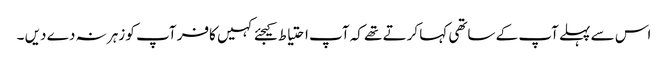
اس سے پہلے آپ کے ساتھی کہا کرتے تھے کہ آپ احتیاط کیجئے کہیں کافر آپ کو زہر نہ دے دیں ۔